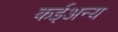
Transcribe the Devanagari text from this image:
कईअन्य